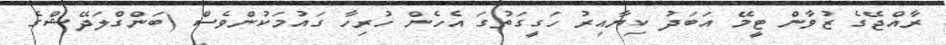
ރާއްޖޭގެ ޒުވާން ޓީމޭ އަބަދު ކިޔާއިރު ހަގީގަތުގަ އެހެން ހުރިހާ ގައުމަކުންވެސް (ބަންގްލަދޭޝްގެ